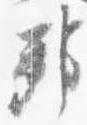
邦